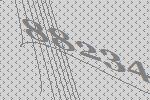
88234